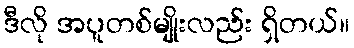
ဒီလို အပူတစ်မျိုးလည်း ရှိတယ်။